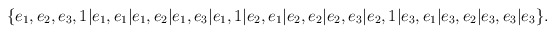
\begin{align*}\{e_1,e_2,e_3,1|e_1,e_1|e_1,e_2|e_1,e_3|e_1,1|e_2,e_1|e_2,e_2|e_2,e_3|e_2,1|e_3,e_1|e_3,e_2|e_3,e_3|e_3\}.\end{align*}